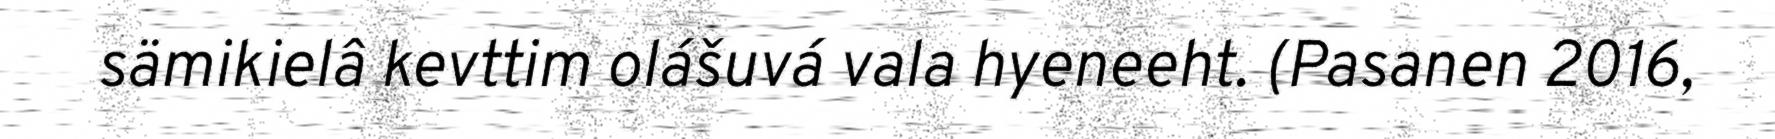
sämikielâ kevttim olášuvá vala hyeneeht. (Pasanen 2016,